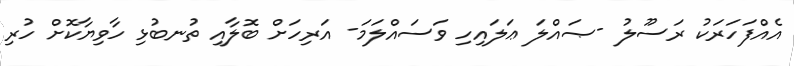
އެއްފަހަރަކު ރަސޫލު -ޞައްލަ ޢަލައިހި ވަސައްލަމަ- އަރިހަށް ބޮލާއި ތުނބުޅި ހާވިޔާކޮށް ހުރި